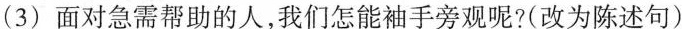
(3)面对急需帮助的人，我们怎能袖手旁观呢?(改为陈述句)